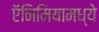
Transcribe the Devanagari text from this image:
ऍनिमियामध्ये